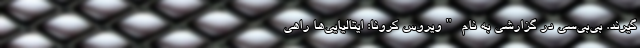
‌گیرند. بی‌بی‌سی در گزارشی به نام "ویروس کرونا: ایتالیایی‌‌ها راهی